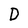
Character: D